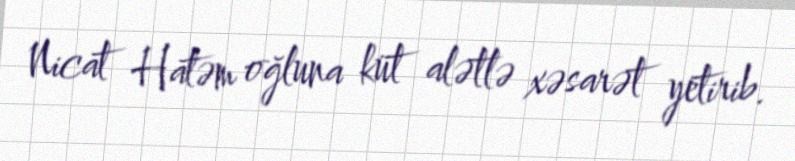
Nicat Hatəm oğluna küt alətlə xəsarət yetirib.